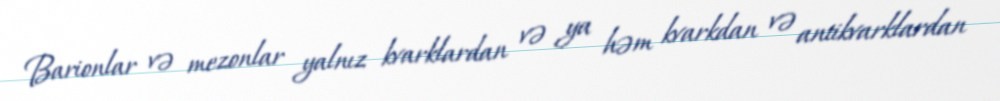
Barionlar və mezonlar yalnız kvarklardan və ya həm kvarkdan və antikvarklardan